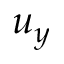
u _ { y }